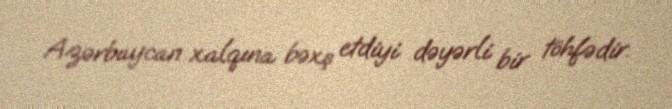
Azərbaycan xalqına bəxş etdiyi dəyərli bir töhfədir.